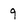
Character: 9